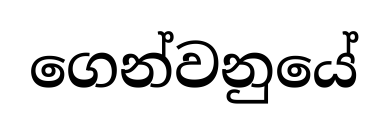
ගෙන්වනුයේ